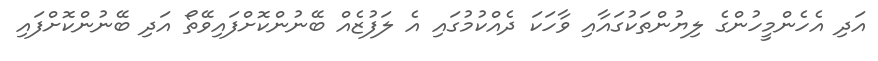
އަދި އެހެންމީހުންގެ ލިޔުންތަކުގައާއި ވާހަކަ ދެއްކުމުގައި އެ ލަފުޒެއް ބޭނުންކޮށްފައިވޭތޯ އަދި ބޭނުންކޮށްފައި